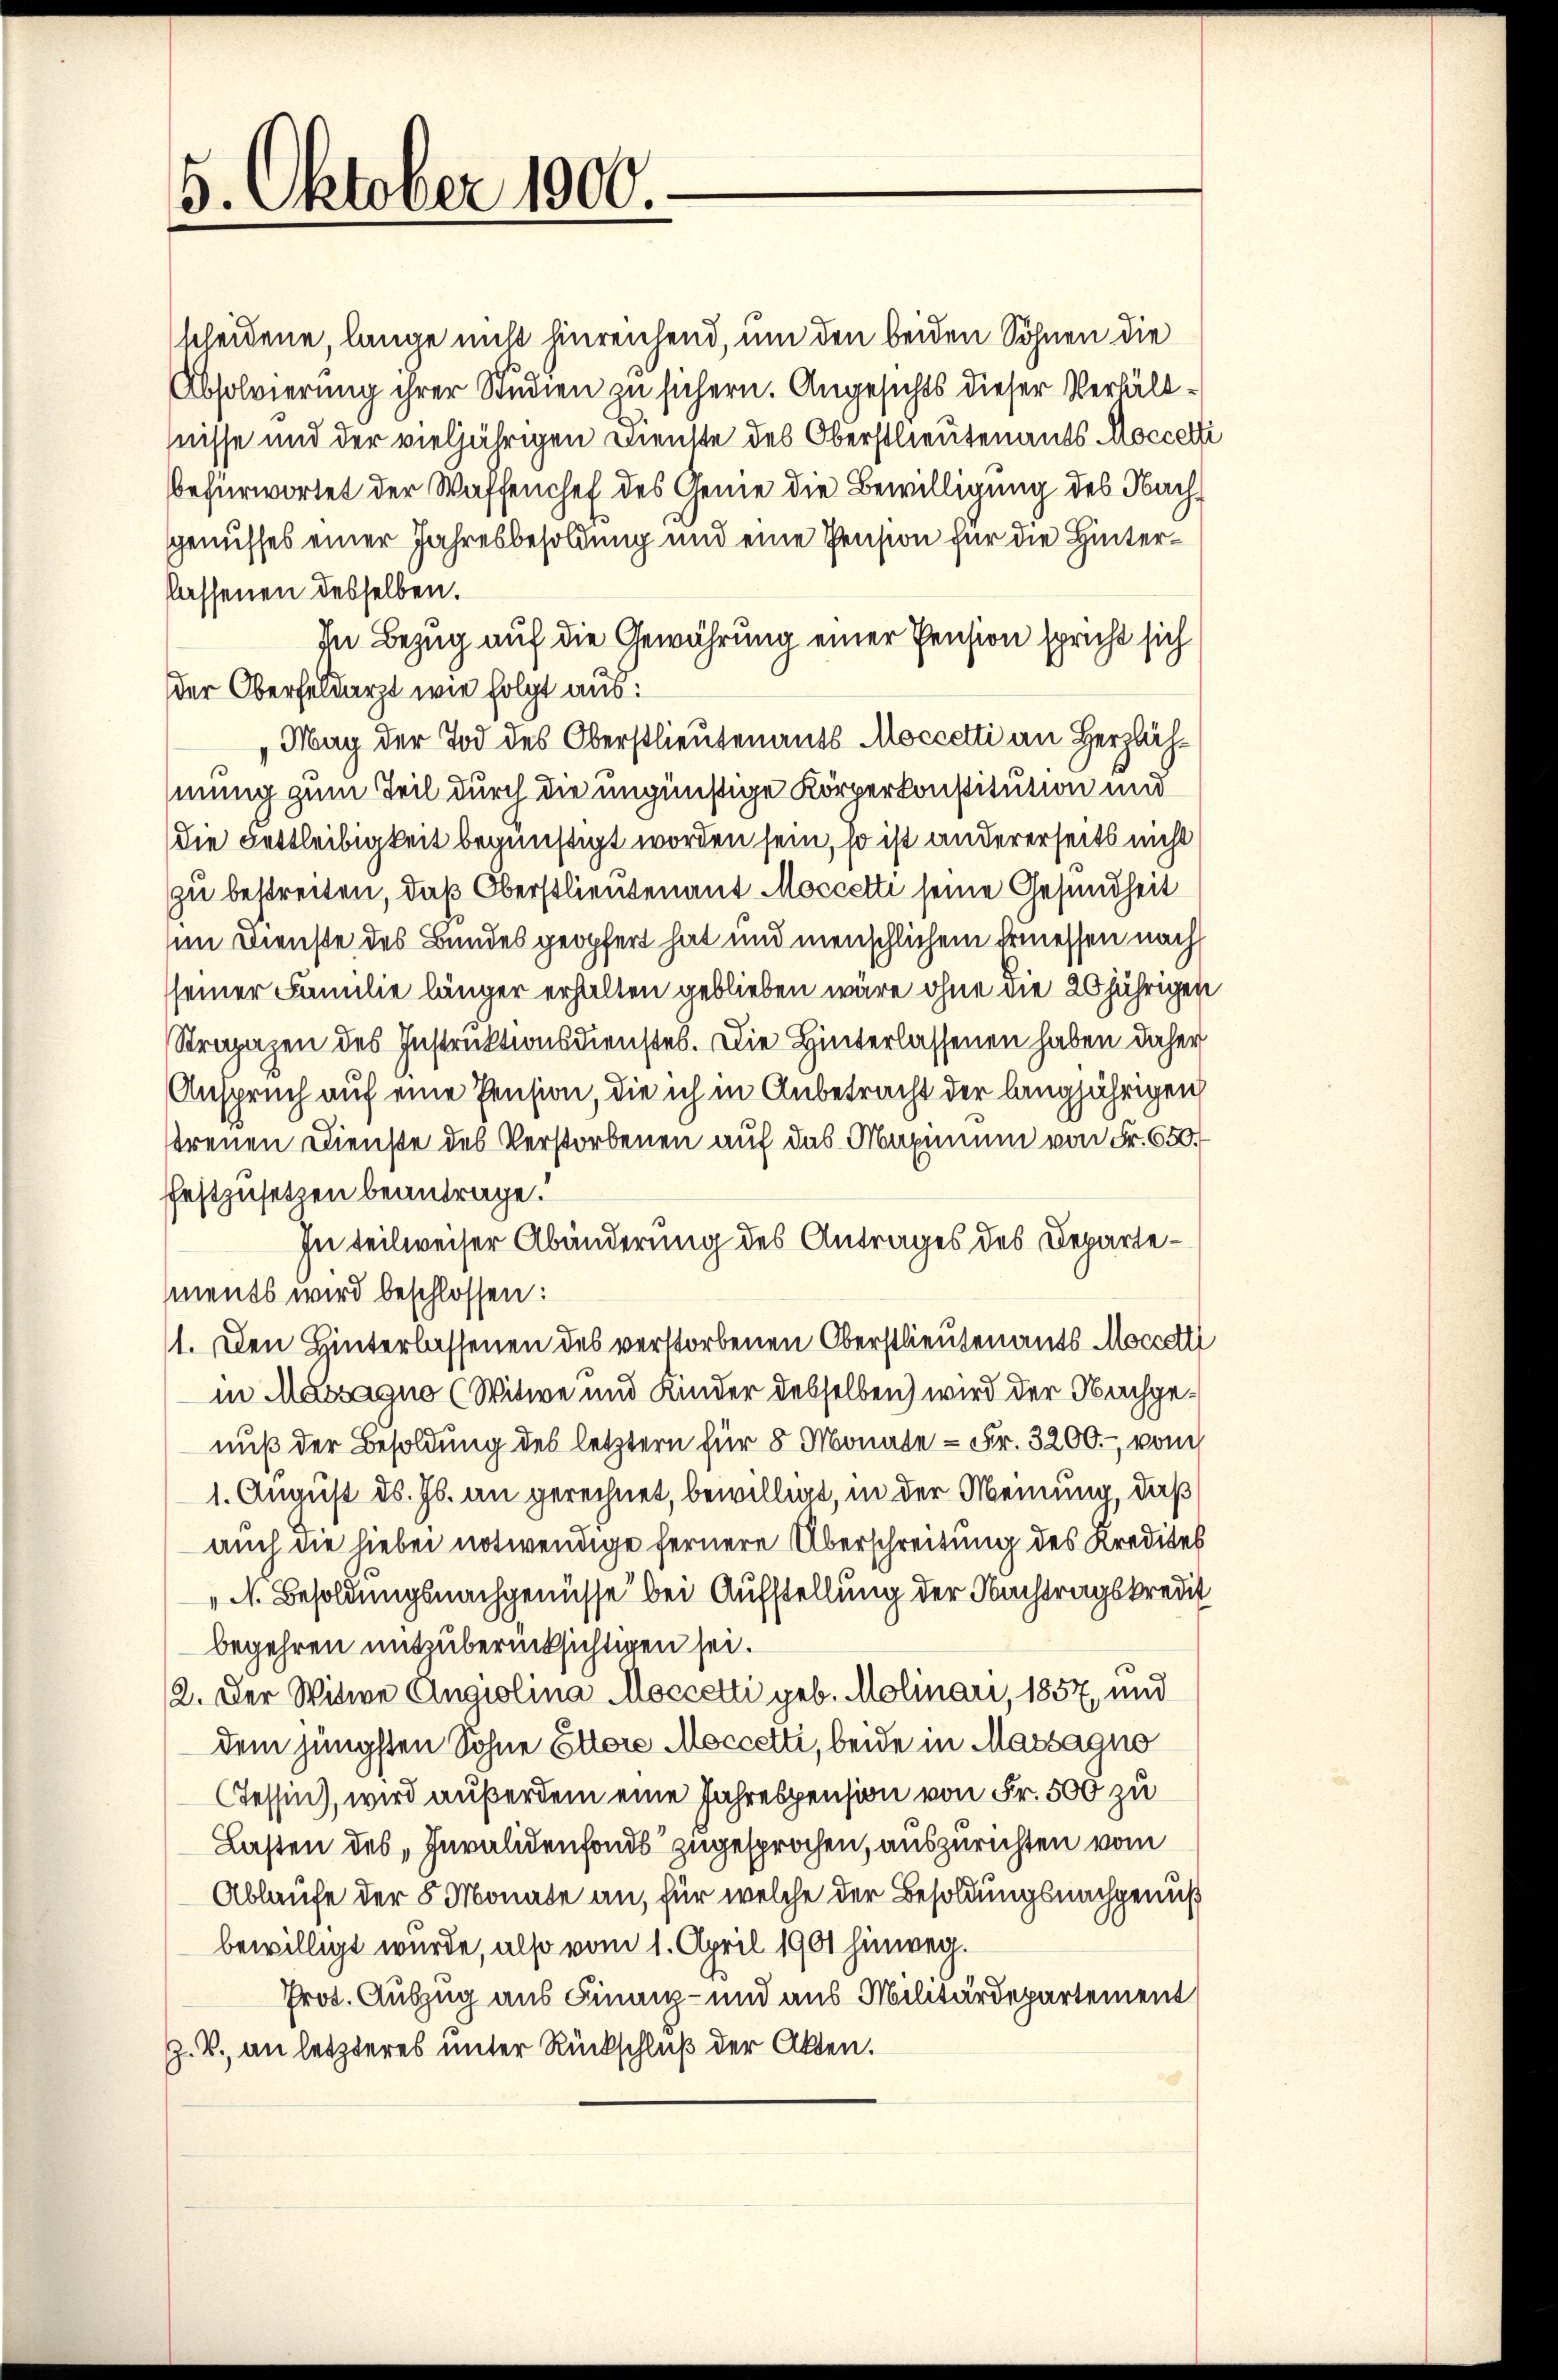
5. Oktober 1900.

scheidene, lange nicht hinreichend, um den beiden Söhnen die
Absolvierung ihrer Studien zu sichern. Angesichts dieser Verhältnisse und der vieljährigen Dienste des Oberstlieutenants Moccetti
befürwortet der Waffenchef des Geme die Bewilligung des Nachgenusses einer Jahresbesoldung und eine Pension für die Hinterflassenen desselben.
In Bezug auf die Gewährung einer Pension spricht sich
der Oberfeldarzt wie folgt aus:
Mag der Tod des Oberstlieutenants Moccetti an Herzlähmung zum Teil durch die ungünstige Körperkonstitution und
die Fettleibigkeit begünstigt worden sein, so ist andererseits nicht
zu bestreiten, daß Oberstlieutenant Moccetti seine Gesundheit
im Dienste des Bundes geopfert hat und menschlichem Ermessen nach
seiner Familie länger erhalten geblieben wäre ohne die 20jährigen
Strapazen des Instruktionsdienstes. Die Hinterlassenen haben daher
Anspruch auf eine Pension, die ich in Anbetracht der langjährigen
streuen Dienste des Verstorbenen auf das Maximum von Fr. 650.
festzusetzen beantrage.
In teilweiser Abänderung des Antrages des Departements wird beschlossen:
1. Den Hinterlassenen des verstorbenen Oberstlieutenants Moccett
in Massagno (Witwe und Kinder desselben wird der Nachgenuß der Besoldung des letztern für 8 Monate - Fr. 3200. vom
1. August ds. Js. an gerechnet, bewilligt, in der Meinung, daß
auch die hiebei notwendige fernere Überschreitung des Kredites
„N. Besoldungsnachgenüsse bei Aufstellung der Nachtragskredit
begehren mitberücksichtigen sei.
2. Der Witwe Angiolina Moccetti geb. Molinari, 1857, und
dem jüngsten Sohne Ettere Moccetti, beide in Massagno
Cessin, wird außerdem eine Jahrespension von Fr. 500 zu
Lasten des „Invalidenfonds zugesprochen, auszurichten vom
Ablaufe der 5 Monate an, für welche der Besoldungsnachgenuß
bewilligt wurde, also vom 1. April 1901 hinweg.
Prot. Auszug aus Finanz- und aus Militärdepartement
Z. V. an letzteres unter Rückschluß der Akten.